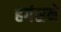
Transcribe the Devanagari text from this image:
हगंसने